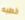
خطبه